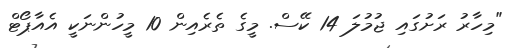
"މިހާރު ރަށުގައި ޖުމުލަ 14 ކޭސް. މީގެ ތެރެއިން 10 މީހުންނަކީ އެއާޕޯޓް